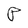
Character: P